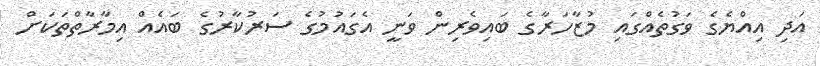
އަދި އިއްޔެގެ ވަގުތެއްގައި މުޒާހަރާގެ ބައިވެރިން ވަނީ އެގައުމުގެ ސަރުކާރުގެ ބައެއް އިމާރާތްތަކަށް